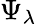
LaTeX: \Psi_{\lambda}